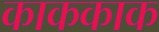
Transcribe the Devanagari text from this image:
काककाक